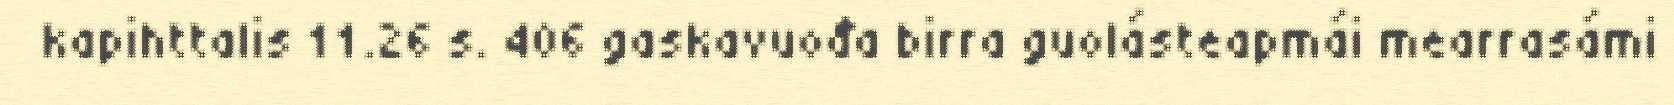
kapihttalis 11.26 s. 406 gaskavuođa birra guolásteapmái mearrasámi